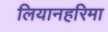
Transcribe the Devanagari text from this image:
लियानहरिमा